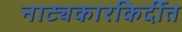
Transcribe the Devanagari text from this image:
नाट्यकारकिर्दीत